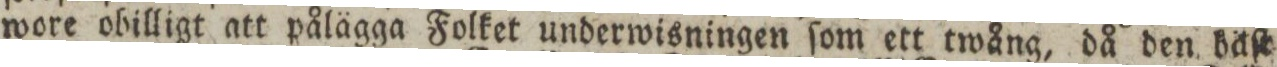
wore obilligt att pålägga Folket underwisningen ſom ett twång, då den bäſt